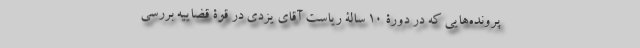
پرونده‌هایی که در دورۀ 10 سالۀ ریاست آقای یزدی در قوۀ قضاییه بررسی